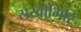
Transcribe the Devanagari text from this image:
सखीगिरि